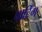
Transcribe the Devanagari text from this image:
पार्टिंग